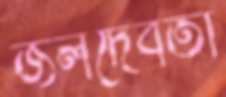
জলদেবতা